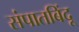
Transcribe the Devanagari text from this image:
संपातबिंदू